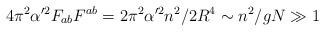
LaTeX: \begin{align*}4 \pi^2 \alpha'^2 F_{ab} F^{ab} = 2 \pi^2 \alpha'^2 n^2/2R^4\sim n^2/gN \gg 1\end{align*}